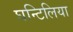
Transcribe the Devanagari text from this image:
घन्टिलिया